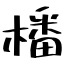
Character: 橎